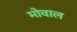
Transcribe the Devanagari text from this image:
मोवाल